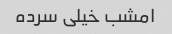
امشب خیلی سرده